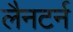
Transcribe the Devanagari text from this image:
लैनटर्न